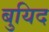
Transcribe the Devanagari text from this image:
बुयिद